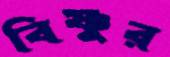
বিষ্ণুর